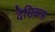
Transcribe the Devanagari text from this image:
देसिकस